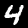
Digit: 4